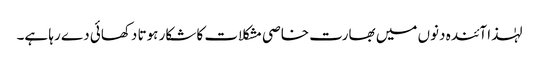
لہٰذا آئندہ دنوں میں بھارت خاصی مشکلات کا شکار ہوتا دکھائی دے رہا ہے۔